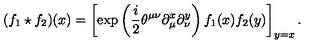
( f _ { 1 } \star f _ { 2 } ) ( x ) = \left[ \exp \left( \frac { i } { 2 } \theta ^ { \mu \nu } \partial _ { \mu } ^ { x } \partial _ { \nu } ^ { y } \right) f _ { 1 } ( x ) f _ { 2 } ( y ) \right] _ { y = x } .